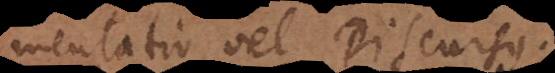
Argumentatio, vel Discursus.